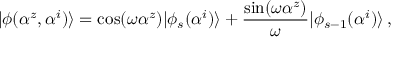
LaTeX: | \phi ( \alpha ^ { z } , \alpha ^ { i } ) \rangle = \cos ( \omega \alpha ^ { z } ) | \phi _ { s } ( \alpha ^ { i } ) \rangle + \frac { \sin ( \omega \alpha ^ { z } ) } { \omega } | \phi _ { s - 1 } ( \alpha ^ { i } ) \rangle \, ,